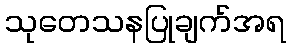
သုတေသနပြုချက်အရ